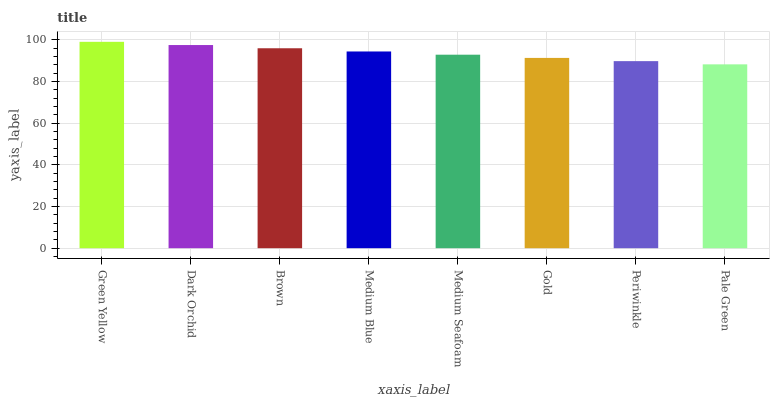
| xaxis_label | bars |
 | --- | --- |
 | Green Yellow | 99 |
 | Dark Orchid | 97.5 |
 | Brown | 95.9 |
 | Medium Blue | 94.4 |
 | Medium Seafoam | 92.8 |
 | Gold | 91.3 |
 | Periwinkle | 89.7 |
 | Pale Green | 88.2 |